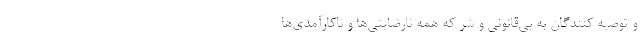
و توصیه کنندگان به بی‌قانونی و شر که همه نارضایتی‌ها و ناکارآمدی‌ها